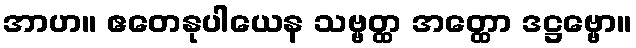
အာဟ။ ဧတေနုပါယေန သဗ္ဗတ္ထ အတ္ထော ဒဋ္ဌဗ္ဗော။